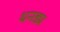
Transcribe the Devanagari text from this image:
धनड्य